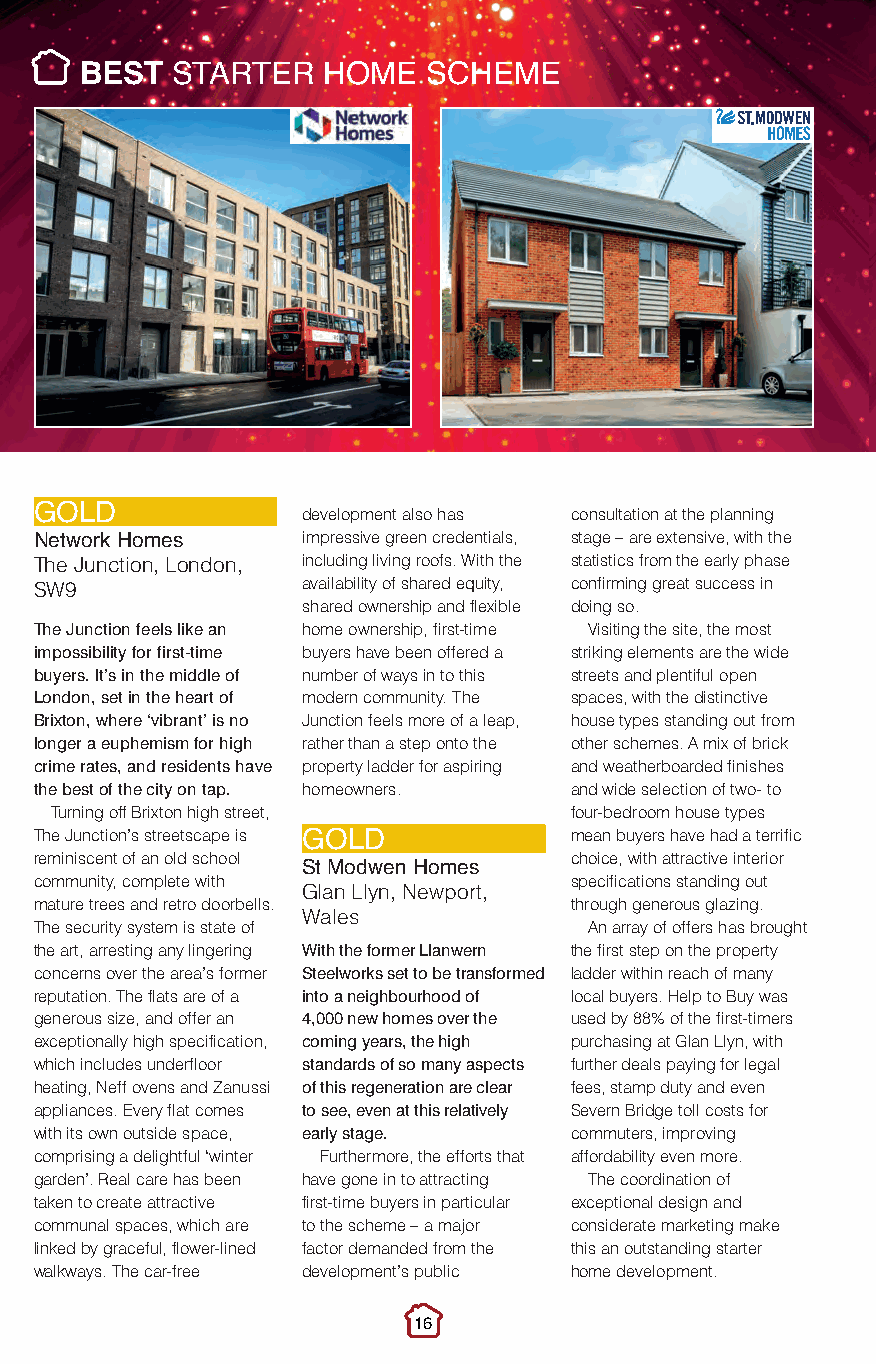
Best Starter Home.qxp_Layout 1 10/11/2016 21:30 Page 1
 BEST  STARTER   HOME   SCHEME
 development also has consultation at the planning
 GOLD
 impressive green credentials, stage – are extensive, with the
 N The etw Jo ur nk c H tioo nm , e Ls ondon, including living roofs. With the statistics from the early phase
 availability of shared equity, confirming great success in
 SW9
 shared ownership and flexible doing so.
 The Junction feels like an home ownership, first-time Visiting the site, the most
 impossibility for first-time buyers have been offered a striking elements are the wide
 buyers. It’s in the middle of number of ways in to this streets and plentiful open
 London, set in the heart of modern community. The spaces, with the distinctive
 Brixton, where ‘vibrant’ is no Junction feels more of a leap, house types standing out from
 longer a euphemism for high rather than a step onto the other schemes. A mix of brick
 crime rates, and residents have property ladder for aspiring and weatherboarded finishes
 the best of the city on tap. homeowners. and wide selection of two- to
 Turning off Brixton high street,   four-bedroom house types
 The Junction’s streetscape is       mean buyers have had a terrific
 reminiscent of an old school GOLD   choice, with attractive interior
 community, complete with St Modwen Homes specifications standing out
 Glan Llyn, Newport,
 mature trees and retro doorbells.   through generous glazing.
 Wales
 The security system is state of      An array of offers has brought
 the art, arresting any lingering With the former Llanwern the first step on the property
 concerns over the area’s former Steelworks set to be transformed ladder within reach of many
 reputation. The flats are of a into a neighbourhood of local buyers. Help to Buy was
 generous size, and offer an 4,000 new homes over the used by 88% of the first-timers
 exceptionally high specification, coming years, the high purchasing at Glan Llyn, with
 which includes underfloor standards of so many aspects further deals paying for legal
 heating, Neff ovens and Zanussi of this regeneration are clear fees, stamp duty and even
 appliances. Every flat comes to see, even at this relatively Severn Bridge toll costs for
 with its own outside space, early stage. commuters, improving
 comprising a delightful ‘winter Furthermore, the efforts that affordability even more.
 garden’. Real care has been have gone in to attracting The coordination of
 taken to create attractive first-time buyers in particular exceptional design and
 communal spaces, which are to the scheme – a major considerate marketing make
 linked by graceful, flower-lined factor demanded from the this an outstanding starter
 walkways. The car-free development’s public home development.
 16